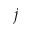
j